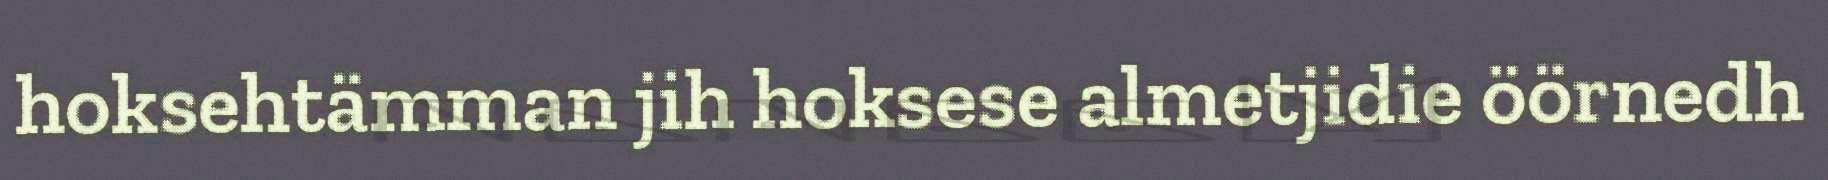
hoksehtämman jih hoksese almetjidie öörnedh